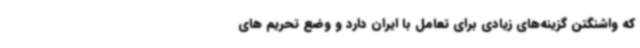
که واشنگتن گزینه‌های زیادی برای تعامل با ایران دارد و وضع تحریم های